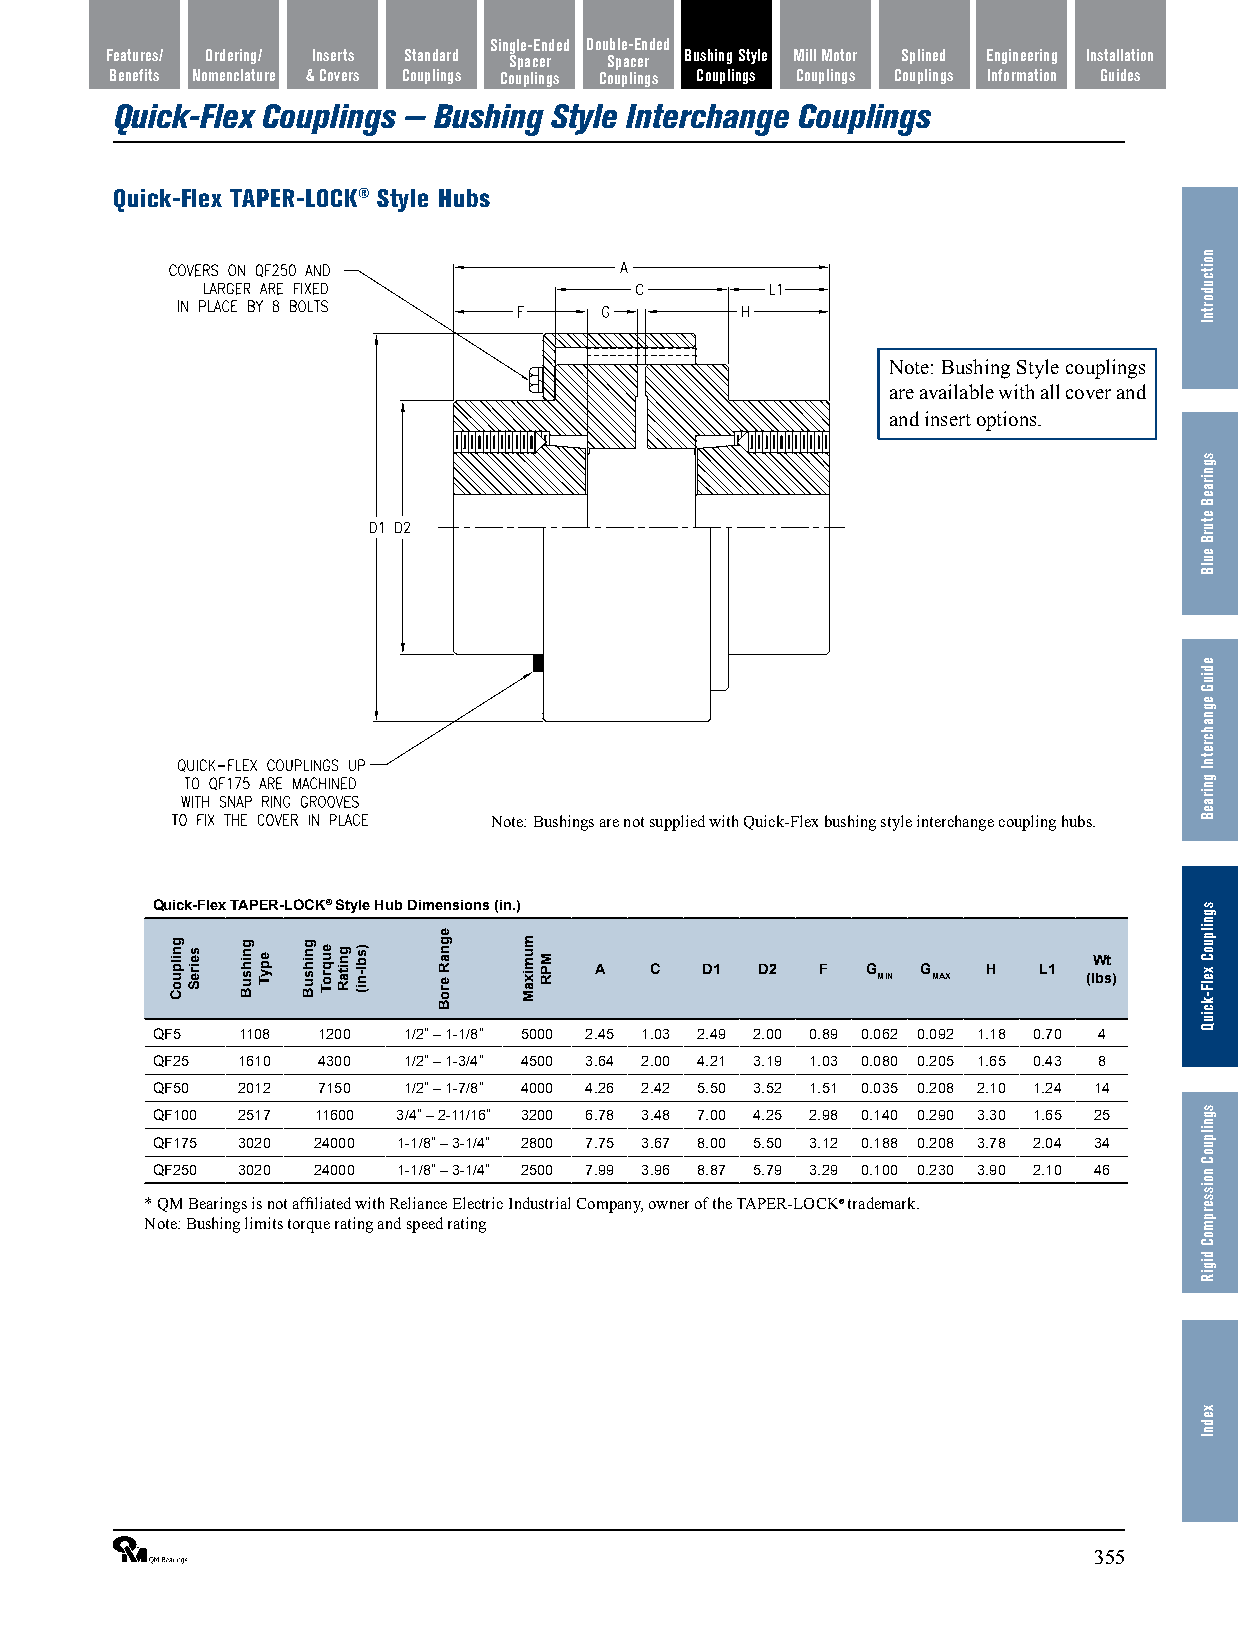
Single-Ended Double-Ended
 Features/ Ordering/ Inserts Standard Spacer Spacer Bushing Style Mill Motor Splined Engineering Installation
 Benefits Nomenclature & Covers Couplings Couplings Couplings Couplings Couplings Couplings Information Guides
 Quick-Flex Couplings — Bushing Style Interchange Couplings
 Quick-Flex TAPER-LOCK® Style Hubs
 Note: Bushing Style couplings
 are available with all cover and
 and insert options.
 Note: Bushings are not supplied with Quick-Flex bushing style interchange coupling hubs.
 Quick-Flex TAPER-LOCK® Style Hub Dimensions (in.)
 Wt
 A   C  D1  D2  F  G   G   H   L1
 MIN MAX       (lbs)
 QF5   1108 1200  1/2” – 1-1/8” 5000 2.45 1.03 2.49 2.00 0.89 0.062 0.092 1.18 0.70 4
 QF25  1610 4300  1/2” – 1-3/4” 4500 3.64 2.00 4.21 3.19 1.03 0.080 0.205 1.65 0.43 8
 QF50  2012 7150  1/2” – 1-7/8” 4000 4.26 2.42 5.50 3.52 1.51 0.035 0.208 2.10 1.24 14
 QF100 2517 11600 3/4” – 2-11/16” 3200 6.78 3.48 7.00 4.25 2.98 0.140 0.290 3.30 1.65 25
 QF175 3020 24000 1-1/8” – 3-1/4” 2800 7.75 3.67 8.00 5.50 3.12 0.188 0.208 3.78 2.04 34
 QF250 3020 24000 1-1/8” – 3-1/4” 2500 7.99 3.96 8.87 5.79 3.29 0.100 0.230 3.90 2.10 46
 * QM Bearings is not affiliated with Reliance Electric Industrial Company, owner of the TAPER-LOCK® trademark.
 Note: Bushing limits torque rating and speed rating
 ®                                                              355
 gnilpuoC seireS gnihsuB epyT gnihsuB euqroT gnitaR )sbl-ni(
 egnaR
 eroB
 mumixaM MPR
 noitcudortnI
 sgniraeB
 eturB
 eulB
 ediuG
 egnahcretnI
 gniraeB
 sgnilpuoC
 xelF-kciuQ
 sgnilpuoC
 noisserpmoC
 digiR
 xednI